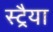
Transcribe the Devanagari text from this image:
स्ट्रैया